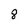
Character: 8